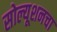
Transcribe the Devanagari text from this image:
सोल्यूशनचा